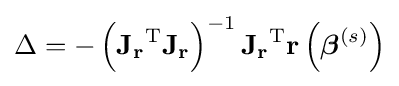
\Delta =-\left(\mathbf {J_{r}} ^{\operatorname {T} }\mathbf {J_{r}} \right)^{-1}\mathbf {J_{r}} ^{\operatorname {T} }\mathbf {r} \left({\boldsymbol {\beta }}^{(s)}\right)